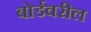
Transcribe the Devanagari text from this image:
बोर्डवरील